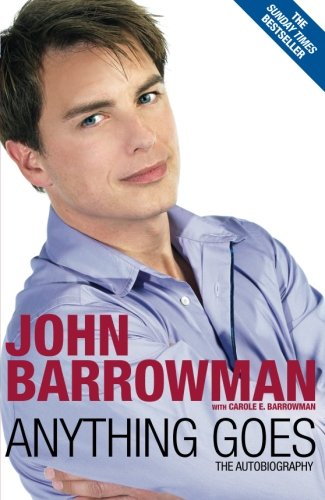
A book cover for Anything Goes; John Barrowman; Literature & Fiction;